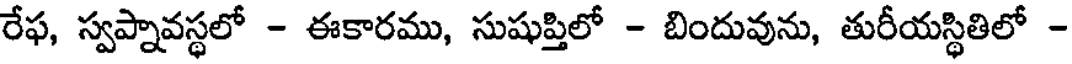
రేఫ, స్వప్నావస్థలో - ఈకారము, సుషుప్తిలో - బిందువును, తురీయస్థితిలో -